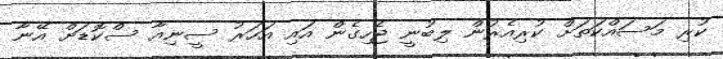
ކުރި މަސައްކަތަށް ކުރިއެރުން ލިބުނީ ޖެހިގެން އައި އަހަރު ސީނިއާ ސްކޮޑަށް އޭނާ